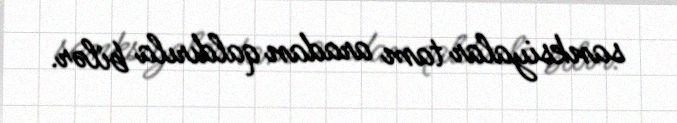
sanksiyalar tam aradan qaldırıla bilər.